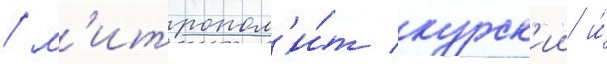
/ м'итропол'и́т курск'ии и́